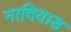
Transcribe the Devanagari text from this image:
नादियाड